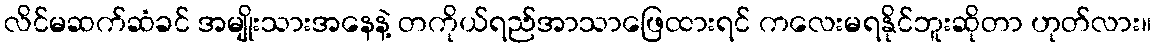
လိင်မဆက်ဆံခင် အမျိုးသားအနေနဲ့ တကိုယ်ရည်အာသာဖြေထားရင် ကလေးမရနိုင်ဘူးဆိုတာ ဟုတ်လား။